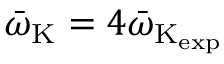
\bar { \omega } _ { \mathrm { K } } = 4 \bar { \omega } _ { \mathrm { K _ { \mathrm { e x p } } } }